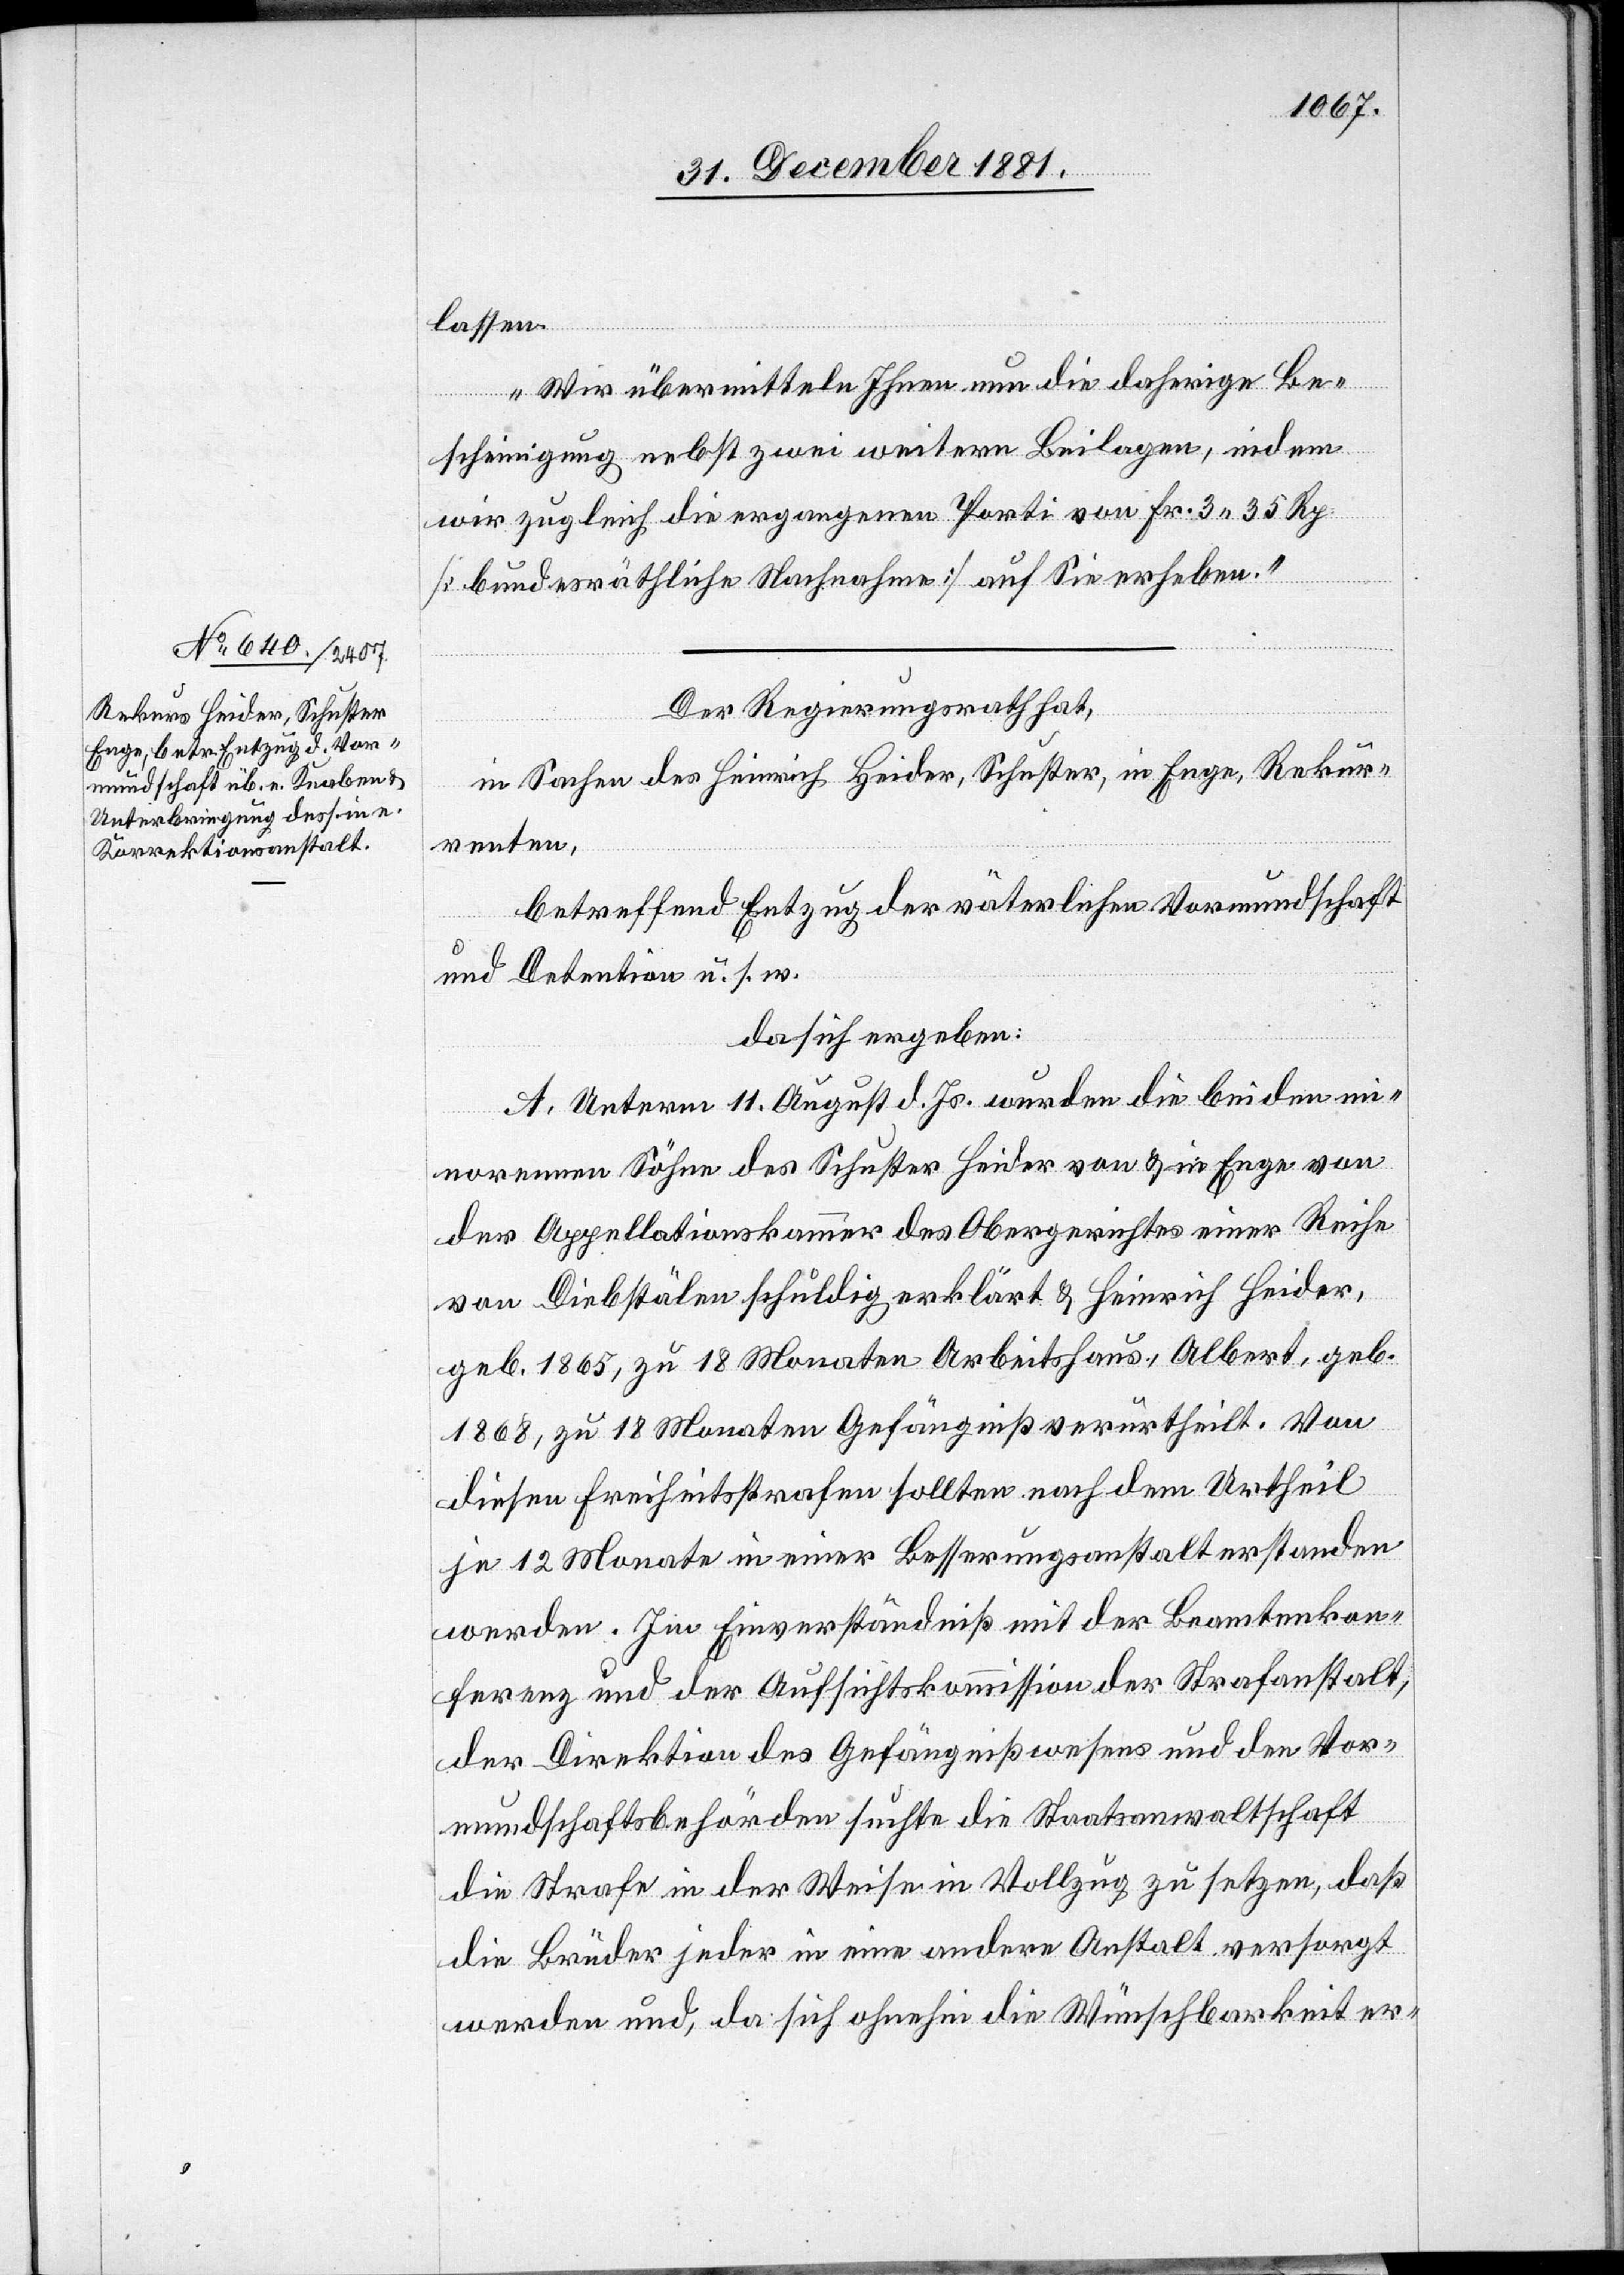
lassen.
Wir übermitteln Ihnen nun die daherige Be¬
scheinigung nebst zwei weitern Beilagen, indem
wir zugleich die ergangenen Porti von Fr. 3 35 Rp.
[bundesräthliche Nachnahme] auf Sie erheben.“
Der Regierungsrath hat,
in Sachen des Heinrich Heider, Schuster, in Enge, Rekur¬
renten,
betreffend Entzug der väterlichen Vormundschaft
und Detention u. s. w.
da sich ergeben:
A. Unterm 11. August d. Js. wurden die beiden mi¬
norennen Söhnen des Schuster Heider von & in Enge von
der Appellationskammer des Obergerichtes einer Reihe
von Diebstälen schuldig erklärt & Heinrich Heider,
geb. 1865, zu 18 Monaten Arbeitshaus, Albert, geb.
1868, zu 18 Monaten Gefängniß verurtheilt. Von
diesen Freiheitsstrafen sollten nach dem Urtheil
je 12 Monate in einer Besserungsanstalt erstanden
werden. Im Einverständniß mit der Beamtenkon¬
ferenz und der Aufsichtskommission der Strafanstalt,
der Direktion des Gefängnißwesens und den Vor¬
mundschaftsbehörden suchte die Staatsanwaltschaft
die Strafe in der Weise in Vollzug zu setzen, daß
die Brüder jeder in eine andere Anstalt versorgt
werden und, da sich ohnehin die Wünschbarkeit er-